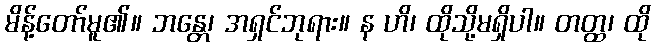
မိန့်တော်မူ၏။ ဘန္တေ၊ အရှင်ဘုရား။ န ဟိ၊ ထိုသို့မရှိပါ။ တတ္ထ၊ ထို